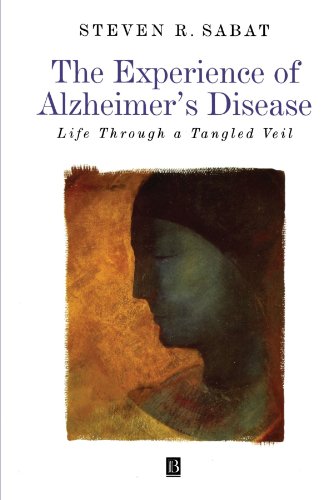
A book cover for The Experience of Alzheimer's Disease: Life Through a Tangled Veil; Steven R. Sabat; Health, Fitness & Dieting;